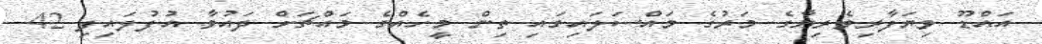
އައްޑޫ ވިޔަފާރިވެރިޔާގެ މަރުގެ މައްސަލައިގައި ތިން މީހެއްގެ މައްޗަށް ދައުވާ އުފުލައިފި 42